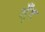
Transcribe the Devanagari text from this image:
शुँड